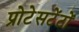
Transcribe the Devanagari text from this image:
प्रोटेसटेंटों